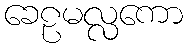
ခေဠမလ္လကော